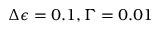
\Delta \epsilon = 0 . 1 , \Gamma = 0 . 0 1